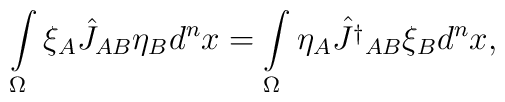
\int\limits_{\Omega}\xi_A\hat J_{AB}\eta_Bd^nx=\int\limits_{\Omega}\eta_A\hat {J^\dagger}_{AB}\xi_B d^nx,